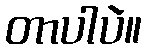
တာပါပဲ။